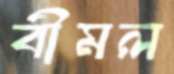
বীমল